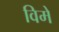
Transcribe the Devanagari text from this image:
विमे